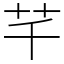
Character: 芊